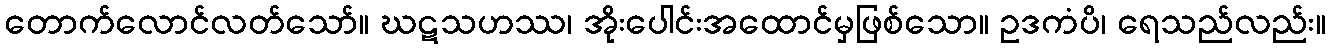
တောက်လောင်လတ်သော်။ ဃဋသဟဿ၊ အိုးပေါင်းအထောင်မှဖြစ်သော။ ဥဒကံပိ၊ ရေသည်လည်း။